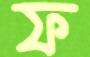
ফ